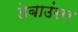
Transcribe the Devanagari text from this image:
डेबाउंसर